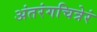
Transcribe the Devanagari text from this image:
अंतरंगचित्रेरं